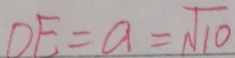
D E = a = \sqrt { 1 0 }